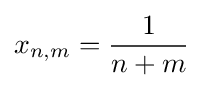
x_{n,m}={\frac {1}{n+m}}